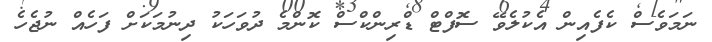
ނަމަވެސް ކެފެއިން އެކުލެވޭ ސޮފްޓް ޑްރިންކްސް ކޮންމެ ދުވަހަކު ދިނުމަކަށް ފަހެއް ނުޖެހެ